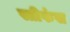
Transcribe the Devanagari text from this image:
स्तीफंस